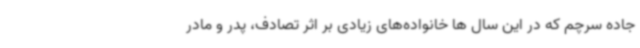
جاده سرچم که در این سال ها خانواده‌های زیادی بر اثر تصادف، پدر و مادر